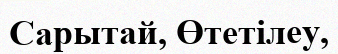
Сарытай, Өтетілеу,